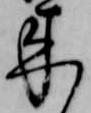
来